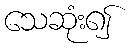
သေဆုံး၍